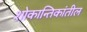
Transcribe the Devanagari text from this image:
शोकान्तिकांतील